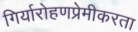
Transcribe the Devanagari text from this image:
गिर्यारोहणप्रेमीकरता